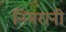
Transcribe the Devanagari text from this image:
निमरानी